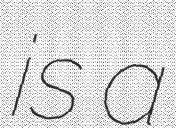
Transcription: is a